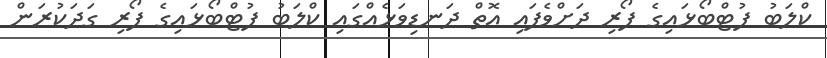
ކްލަބު ފުޓްބޯޅައިގެ ފޯރި ދަށްވެފައި އޮތް ދަނޑިވަޅެއްގައި ކްލަބު ފުޓްބޯޅައިގެ ފޯރި ގަދަކުރަން